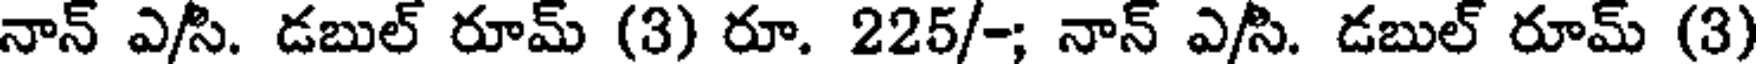
నాన్ ఎ/సి. డబుల్ రూమ్ (3) రూ. 225/-; నాన్ ఎ/సి. డబుల్ రూమ్ (3)